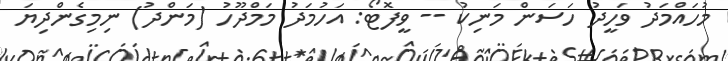
މުހައްމަދު ވަހީދު ހަސަން މަނިކު -- ވީފޮޓޯ: އަހުމަދު މަމްދޫހު (މަންދު) ނިމިގެންދިޔަ